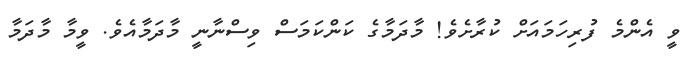
ވީ އެންމެ ފުރިހަމައަށް ކުރާށެވެ! މާދަމާގެ ކަންކަމަސް ވިސްނާނީ މާދަމާއެވެ. ވީމާ މާދަމާ